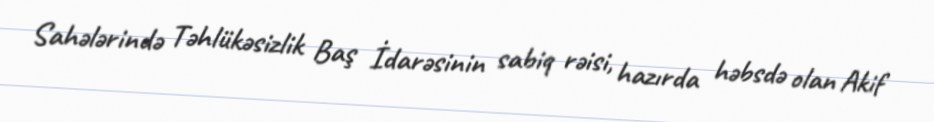
Sahələrində Təhlükəsizlik Baş İdarəsinin sabiq rəisi, hazırda həbsdə olan Akif